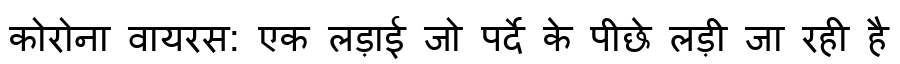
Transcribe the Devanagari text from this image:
कोरोना वायरस: एक लड़ाई जो पर्दे के पीछे लड़ी जा रही है